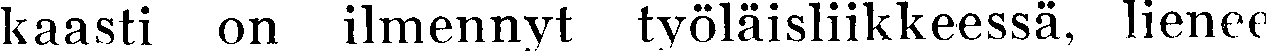
kaasti on ilmennyt työläisliikkeessä, lienee